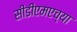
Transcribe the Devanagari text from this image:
सीडीएमएच्या